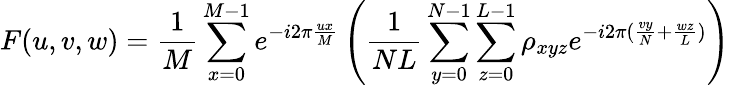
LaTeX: F(u,v,w)=\frac{1}{M}\sum_{x=0}^{M-1}e^{-i2\pi\frac{ux}{M}}\left(\frac{1}{NL}\sum_{y=0}^{N-1}\sum_{z=0}^{L-1}\rho_{xyz}e^{-i2\pi(\frac{vy}{N}+\frac{wz}{L})}\right)